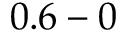
0 . 6 - 0